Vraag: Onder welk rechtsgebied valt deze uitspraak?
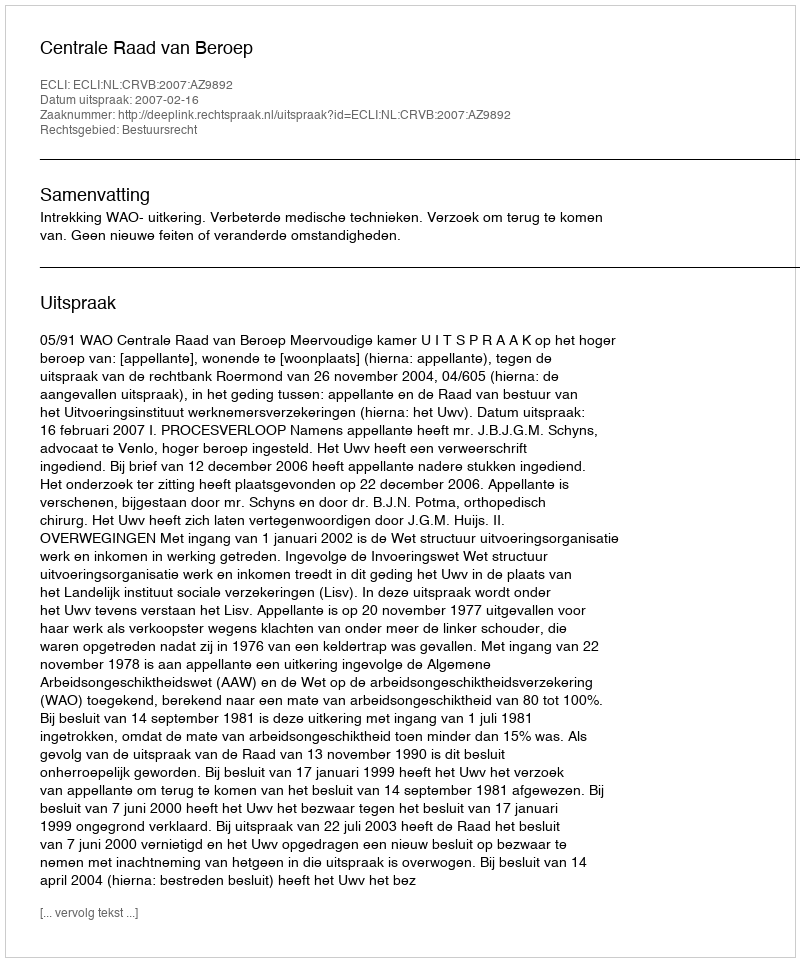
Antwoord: Bestuursrecht